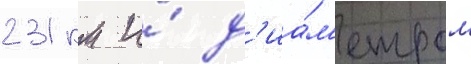
231 км и́ д'иа́м'етром